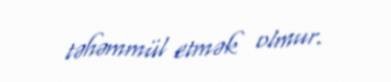
təhəmmül etmək olmur.